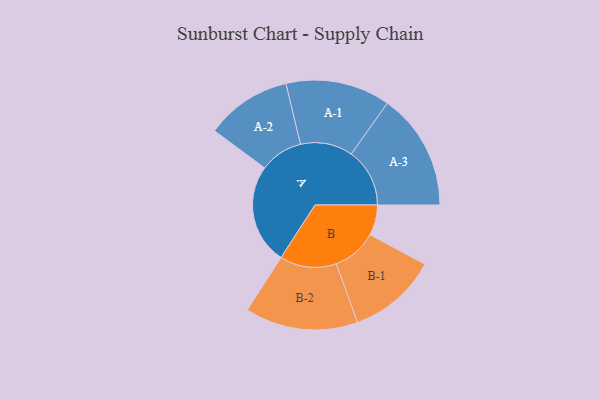
{"axis": {"x": "Segment", "y": "Value"}, "legend": ["", "A", "B"], "data": [{"x": "A", "y": 406, "type": ""}, {"x": "B", "y": 123, "type": ""}, {"x": "A-1", "y": 212, "type": "A"}, {"x": "A-2", "y": 174, "type": "A"}, {"x": "A-3", "y": 237, "type": "A"}, {"x": "B-1", "y": 181, "type": "B"}, {"x": "B-2", "y": 229, "type": "B"}]}